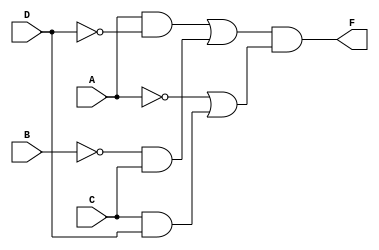
module Lab1_gatelevel(F,A,B,C,D);

	output F;
	input A,B,C,D;
	wire invertD,invertB,invertA,w1,w2,w3,w4,w5;

	not		G1(invertD,D);
	not		G2(invertA,A);
	not		G3(invertB,B);
	and		G4(w1,A,invertD);
	and		G5(w2,invertB,C);
	and		G6(w3,C,D);
	or		G7(w4,w1,w2);
	or		G8(w5,invertA,w3);
	and		G9(F,w4,w5);

endmodule